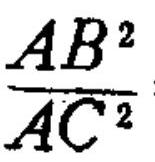
$\frac{AB^{2}}{AC^{2}}$